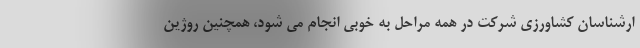
ارشناسان کشاورزی شرکت در همه مراحل به خوبی انجام می شود، همچنین روژین